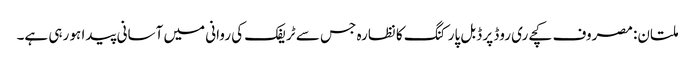
ملتان: مصروف کچےری روڈ پر ڈبل پارکنگ کا نظارہ جس سے ٹریفک کی روانی میں آسانی پیدا ہو رہی ہے۔